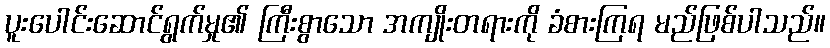
ပူးပေါင်းဆောင်ရွက်မှု၏ ကြီးစွာသော အကျိုးတရားကို ခံစားကြရ မည်ဖြစ်ပါသည်။